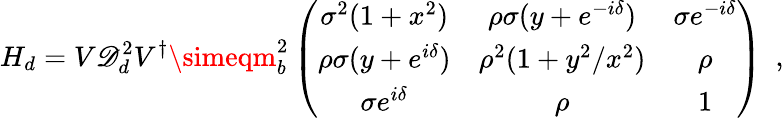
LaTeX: H_{d}=V\mathscr{D}_{d}^{2}V^{\dagger}\simeqm_{b}^{2}\left(\begin{array}{ccc}{{\sigma^{2}(1+x^{2})}}&{{\rho\sigma(y+e^{-i\delta})}}&{{\sigma e^{-i\delta}}}\\ {{\rho\sigma(y+e^{i\delta})}}&{{\rho^{2}(1+y^{2}/x^{2})}}&{{\rho}}\\ {{\sigma e^{i\delta}}}&{{\rho}}&{{1}}\end{array}\right)\ \ ,